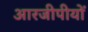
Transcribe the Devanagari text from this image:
आरजीपीयों